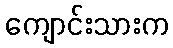
ကျောင်းသားက